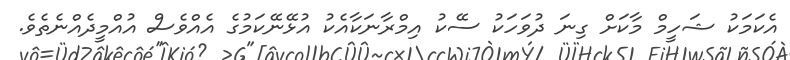
އެކަމަކު ޝަހީމް މާކަށް ގިނަ ދުވަހަކު ސޭކު އިމްރާނަކާއެކު އުޅޭނޭކަމުގެ އެއްވެސް އުއްމީދެއްނެތެވެ.